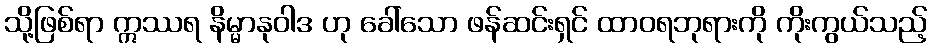
သို့ဖြစ်ရာ ဣဿရ နိမ္မာနုဝါဒ ဟု ခေါ်သော ဖန်ဆင်းရှင် ထာဝရဘုရားကို ကိုးကွယ်သည့်